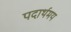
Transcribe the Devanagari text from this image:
पदार्थमय